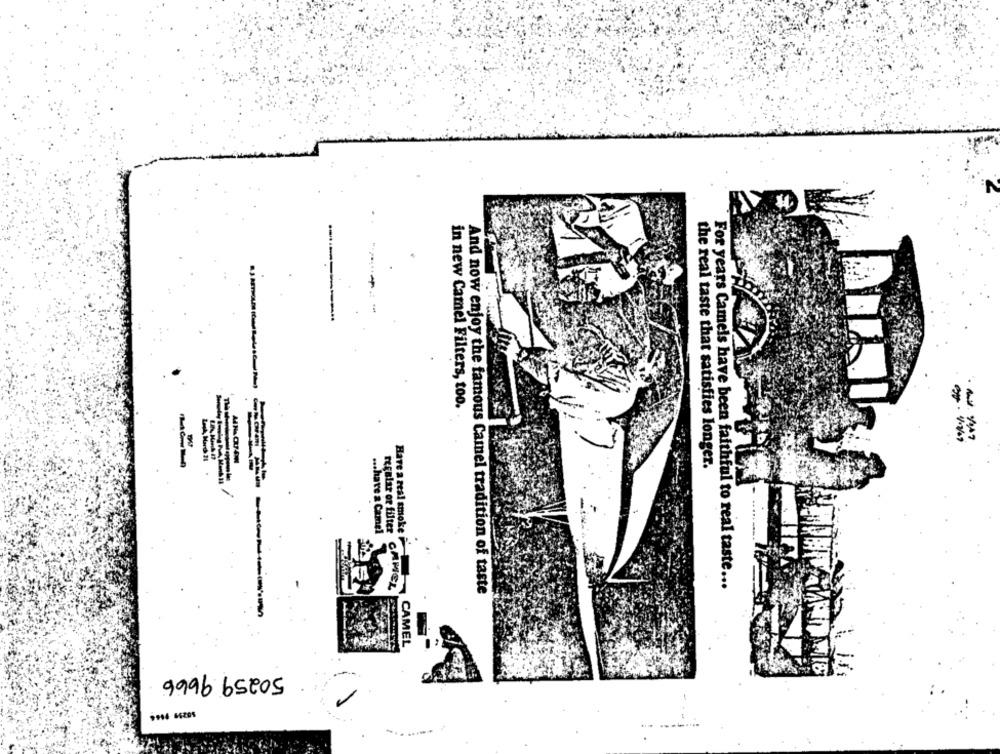
in new Camel Filters, too.
the real taste that satisfies longer.
------
... have a Camel
Have a zes! smoke
recalar or filter CAMEL
And now enjoy the famous Camel tradition of taste
For years Camels have been faithful to real taste ...
CAMEL
50259.9666